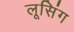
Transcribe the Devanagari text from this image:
लूसिंग